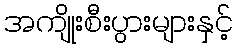
အကျိုးစီးပွားများနှင့်